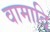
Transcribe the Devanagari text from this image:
वामादि